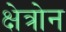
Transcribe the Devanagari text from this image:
क्षेत्रोन